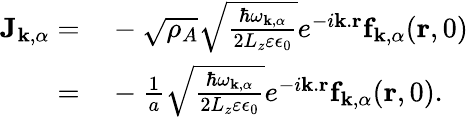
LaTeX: \begin{array}{rl}{\mathbf{J}_{\mathbf{k},\alpha}=}&{{}-\sqrt{\rho_{A}}\sqrt{\frac{\hbar\omega_{\mathbf{k},\alpha}}{2L_{z}\varepsilon\epsilon_{0}}}e^{-i\mathbf{k}.\mathbf{r}}\mathbf{f}_{\mathbf{k},\alpha}(\mathbf{r},0)}\\ {=}&{{}-\frac{1}{a}\sqrt{\frac{\hbar\omega_{\mathbf{k},\alpha}}{2L_{z}\varepsilon\epsilon_{0}}}e^{-i\mathbf{k}.\mathbf{r}}\mathbf{f}_{\mathbf{k},\alpha}(\mathbf{r},0).}\end{array}